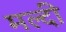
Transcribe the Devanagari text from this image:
मल्दी